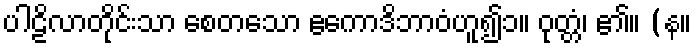
ပါဠိလာတိုင်းသာ စေတသော ဧကောဒိဘာဝံဟူ၍၁။ ဝုတ္တံ၊ ၏။ (န။